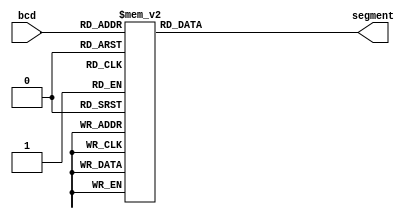
module Seven_Segment_Display(bcd,segment ); 
	input [3:0] bcd; 
	output[7:0] segment; 
	reg [7:0] segment; 
	
always @(bcd)
	begin 
		case(bcd) 
		  4'b0000: segment = 8'b11000000;
		  4'b0001: segment = 8'b11111001;
		  4'b0010: segment = 8'b10100100;
		  4'b0011: segment = 8'b10110000;
		  4'b0100: segment = 8'b10010010;
		  4'b0110: segment = 8'b10000010;
		  4'b0111: segment = 8'b11111000;
		  4'b1000: segment = 8'b10000000;
		  4'b1001: segment = 8'b10010000;
		  
		default :  segment =  8'b11111111;
    endcase
  end
 endmodule